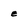
Character: e